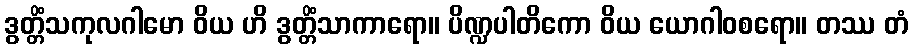
ဒွတ္တိံသကုလဂါမော ဝိယ ဟိ ဒွတ္တိံသာကာရော။ ပိဏ္ဍပါတိကော ဝိယ ယောဂါဝစရော။ တဿ တံ